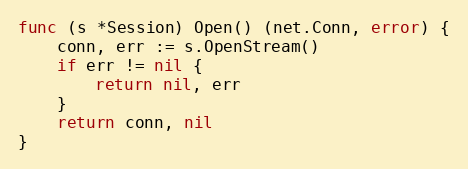
Language: Go
func (s *Session) Open() (net.Conn, error) {
	conn, err := s.OpenStream()
	if err != nil {
		return nil, err
	}
	return conn, nil
}